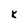
Character: k